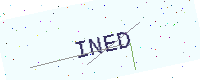
Text: INED